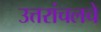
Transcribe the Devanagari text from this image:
उत्तरांचलचे